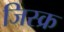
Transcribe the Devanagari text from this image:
जिस्क्र